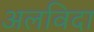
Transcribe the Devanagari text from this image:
अलविदा